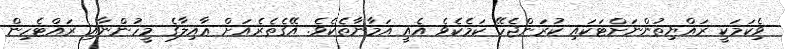
ވެިކަމަކީ ރައްޔިތުންނަށްޓަކައި ކުރަންޖެހޭ ކަމެކެވެ އެއީ އަމާނާތެކެވެ. އޭގެތެރެއަށް ޢާއިލާގެ މީހުންނާއި ރައްޓެހިން